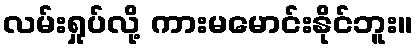
လမ်းရှုပ်လို့ ကားမမောင်းနိုင်ဘူး။